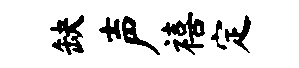
缺声禧定